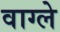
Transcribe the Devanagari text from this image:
वाग्ले